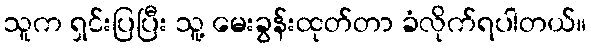
သူက ရှင်းပြပြီး သူ့ မေးခွန်းထုတ်တာ ခံလိုက်ရပါတယ်။